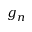
g _ { n }